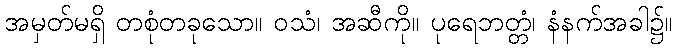
အမှတ်မရှိ တစုံတခုသော။ ဝသံ၊ အဆီကို။ ပုရေဘတ္တံ၊ နံနက်အခါ၌။